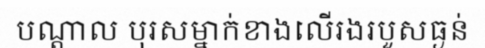
បណ្តាល បុរសម្នាក់ខាងលើរងរបួសធ្ងន់